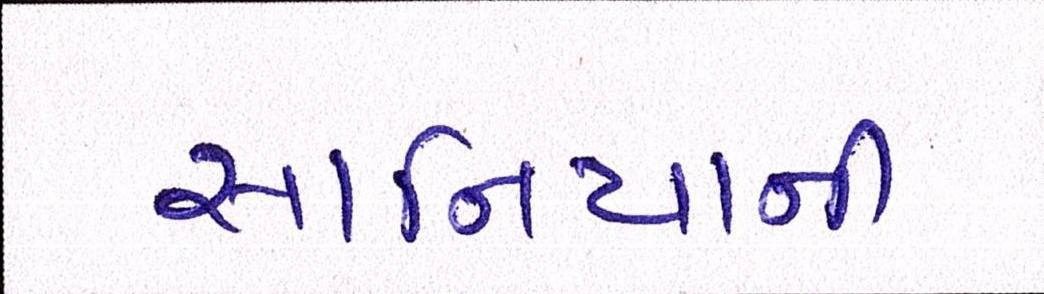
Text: સાનિયાની